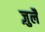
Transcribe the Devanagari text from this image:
ज़ुलै